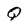
Character: Q